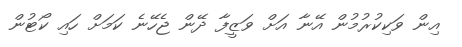
އިން ވަކިކުރުމުން އޭނާ އަށް ވަޒީފާ ދޭން ޖެހޭނެ ކަމަށް ހައި ކޯޓުން